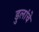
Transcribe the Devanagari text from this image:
डुलांचे